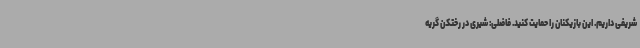
شریفی داریم. این بازیکنان را حمایت کنید. فاضلی: شیری در رختکن گریه